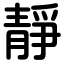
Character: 靜